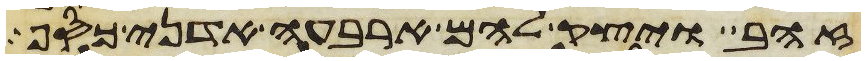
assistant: זהב ויצק להם ארבעה אדני כסף